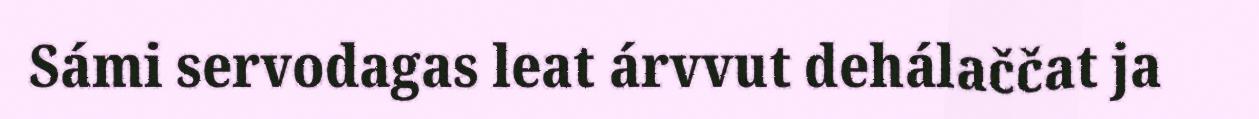
Sámi servodagas leat árvvut dehálaččat ja